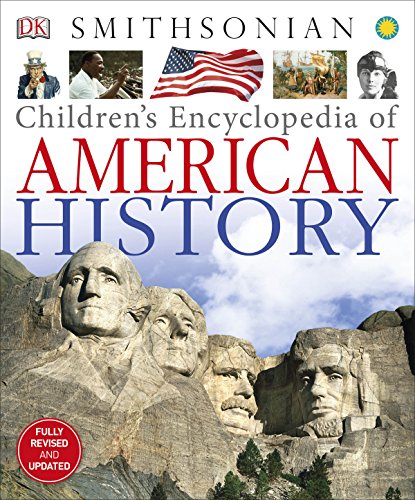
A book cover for Children's Encyclopedia of American History; DK; Reference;